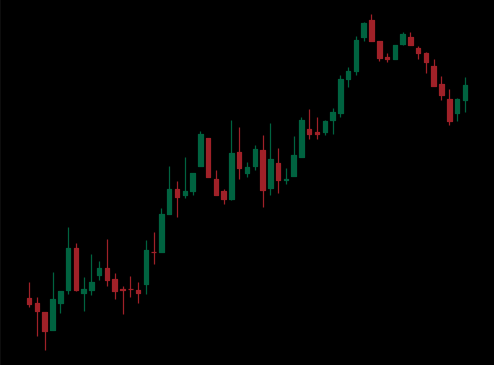
Pattern: bear_flag